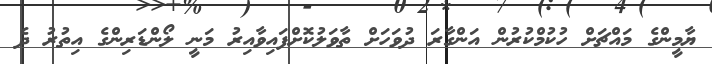
ޔާމީންގެ މައްޗަށް ހުކުމްކުރުން އަންގާރަ ދުވަހަށް ތާވަލުކޮށްފައިވާއިރު މަނީ ލޯންޑަރިންގެ އިތުރު ދެ